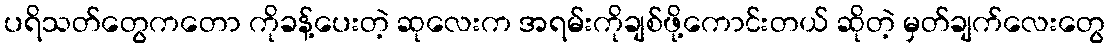
ပရိသတ်တွေကတော ကိုခန့်ပေးတဲ့ ဆုလေးက အရမ်းကိုချစ်ဖို့ကောင်းတယ် ဆိုတဲ့ မှတ်ချက်လေးတွေ